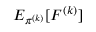
E _ { \pi ^ { ( k ) } } [ F ^ { ( k ) } ]